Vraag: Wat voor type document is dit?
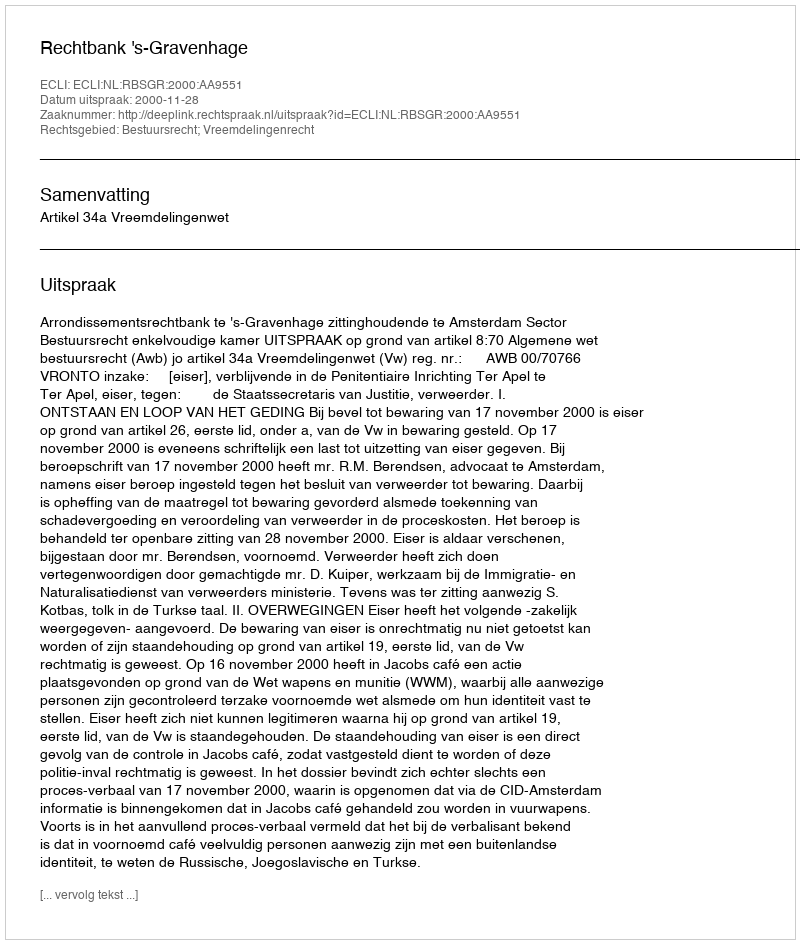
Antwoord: Uitspraak